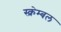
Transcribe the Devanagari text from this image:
स्क्रेम्बल